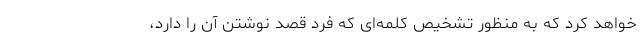
خواهد کرد که به منظور تشخیص کلمه‌‌ای که فرد قصد نوشتن آن را دارد،